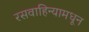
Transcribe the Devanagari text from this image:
रसवाहिन्यामधून